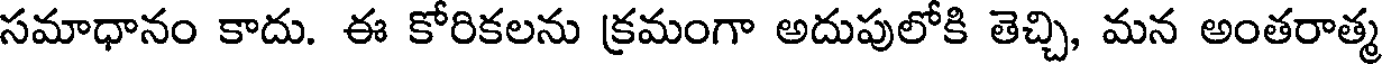
సమాధానం కాదు. ఈ కోరికలను క్రమంగా అదుపులోకి తెచ్చి, మన అంతరాత్మ